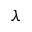
\lambda